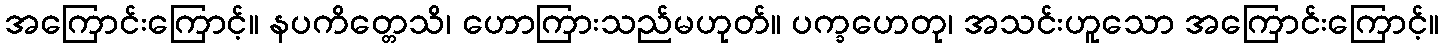
အကြောင်းကြောင့်။ နပကိတ္တေသိ၊ ဟောကြားသည်မဟုတ်။ ပက္ခဟေတု၊ အသင်းဟူသော အကြောင်းကြောင့်။